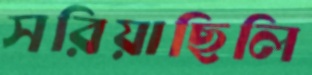
সরিয়াছিলি